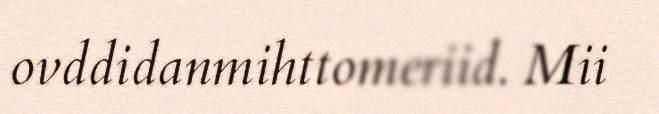
ovddidanmihttomeriid. Mii